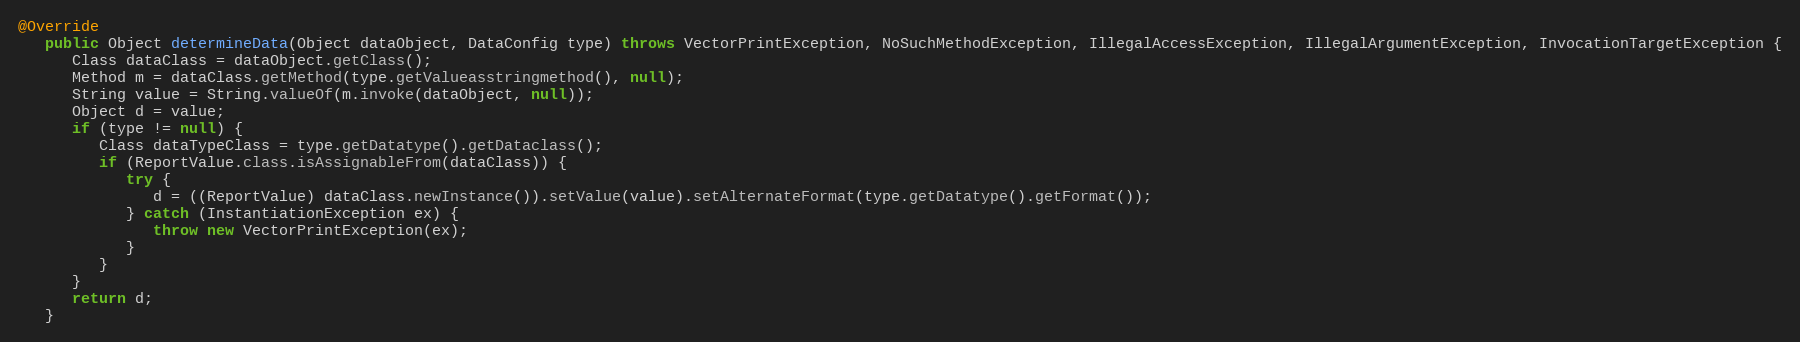
Language: Java
@Override
   public Object determineData(Object dataObject, DataConfig type) throws VectorPrintException, NoSuchMethodException, IllegalAccessException, IllegalArgumentException, InvocationTargetException {
      Class dataClass = dataObject.getClass();
      Method m = dataClass.getMethod(type.getValueasstringmethod(), null);
      String value = String.valueOf(m.invoke(dataObject, null));
      Object d = value;
      if (type != null) {
         Class dataTypeClass = type.getDatatype().getDataclass();
         if (ReportValue.class.isAssignableFrom(dataClass)) {
            try {
               d = ((ReportValue) dataClass.newInstance()).setValue(value).setAlternateFormat(type.getDatatype().getFormat());
            } catch (InstantiationException ex) {
               throw new VectorPrintException(ex);
            }
         }
      }
      return d;
   }